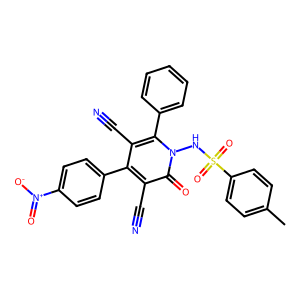
SMILES: Cc1ccc(S(=O)(=O)Nn2c(-c3ccccc3)c(C#N)c(-c3ccc([N+](=O)[O-])cc3)c(C#N)c2=O)cc1
Inhibits HIV replication: No